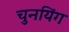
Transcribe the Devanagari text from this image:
चुनयिंग